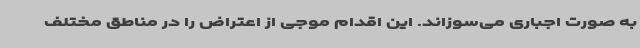
به صورت اجباری می‌سوزاند. این اقدام موجی از اعتراض را در مناطق مختلف